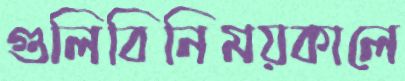
গুলিবিনিময়কালে